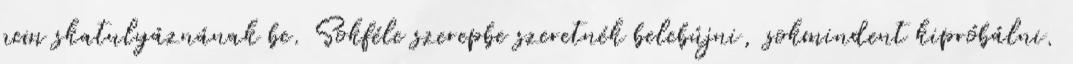
nem skatulyáznának be. Sokféle szerepbe szeretnék belebújni, sokmindent kipróbálni.